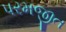
પરમજીત